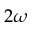
2 \omega